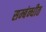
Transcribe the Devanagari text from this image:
सम्बंन्धीत